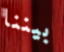
بيننا